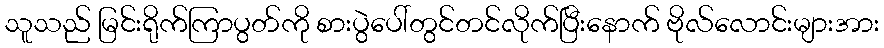
သူသည် မြင်းရိုက်ကြာပွတ်ကို စားပွဲပေါ်တွင်တင်လိုက်ပြီးနောက် ဗိုလ်လောင်းများအား